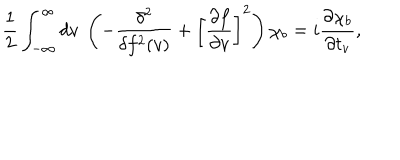
LaTeX: \frac { 1 } { 2 } \int _ { - \infty } ^ { \infty } d v \ \left( - \frac { \delta ^ { 2 } } { \delta f ^ { 2 } ( v ) } + \left[ \frac { \partial f } { \partial v } \right] ^ { 2 } \right) \chi _ { b } = i \frac { \partial \chi _ { b } } { \partial t _ { v } } ,